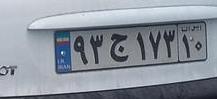
۹۳ج۱۷۳۱۰